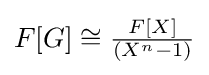
{\textstyle F[G]\cong {\frac {F[X]}{(X^{n}-1)}}}